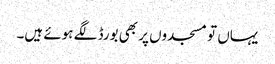
یہاں تو مسجدوں پر بھی بورڈ لگے ہوئے ہیں۔